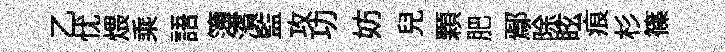
乙忧煨乘語簿濱監攻功妨兒顆肥鄢除眩痕杉篠